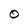
Character: 0